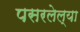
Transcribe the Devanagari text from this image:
पसरलेल्‍या